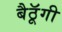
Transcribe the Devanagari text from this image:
बैठॅूगी